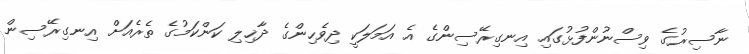
ނާސިރުގެ ވިސްނުންފުޅުގައި އިނގިރޭސިންގެ އެ އަމަލަކީ ދިވެހިންގެ ދާޚިލި ކަންކަމުގެ ތެރެއަށް އިނގިރޭސިން